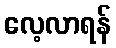
လေ့လာရန်